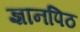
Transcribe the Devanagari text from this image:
ज्ञानपिठ